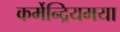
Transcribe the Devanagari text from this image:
कर्मेन्द्रियमया